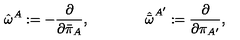
{ \hat { \omega } } ^ { A } : = - { \frac { \partial } { \partial { \bar { \pi } } _ { A } } } , \qquad \qquad { \hat { \bar { \omega } } } ^ { A ^ { \prime } } : = { \frac { \partial } { \partial { \pi } _ { A ^ { \prime } } } } ,